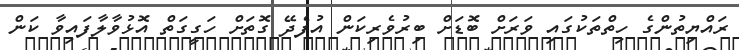
ރައްޔިތުންގެ ހިތްތަކުގައި ވަރަށް ބޮޑަށް ބިރުވެރިކަން އުފެދޭ ގޮތަށް ހަގީގަތް އޮޅުވާލާފައިވާ ކަން